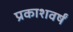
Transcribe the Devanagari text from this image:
प्रकाशवर्षं